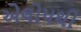
એલોપથી